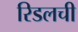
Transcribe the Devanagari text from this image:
रिडलची